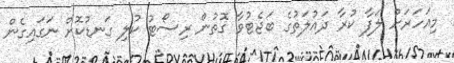
މިއަހަރަށް ލަފާ ކުރާ ދައުލަތުގެ ބަޖެޓުވާ ގޮތުން ރިސޯޓު ކުލި ގަނޑުކޮށް ނަގައިގެން